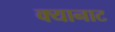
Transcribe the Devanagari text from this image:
क्यानाट